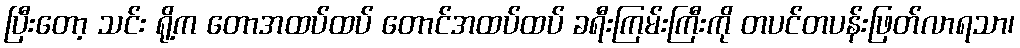
ပြီးတော့ သင်း ရို့က တောအထပ်ထပ် တောင်အထပ်ထပ် ခရီးကြမ်းကြီးကို တပင်တပန်းဖြတ်လာရသာ၊